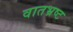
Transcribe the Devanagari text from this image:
वातभ्रष्ट